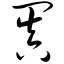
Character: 阗